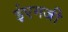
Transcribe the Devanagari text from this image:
ईएमजी